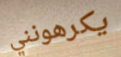
يكرهونني